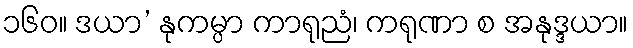
၁၆၀။ ဒယာ’ နုကမ္ပာ ကာရုညံ၊ ကရုဏာ စ အနုဒ္ဒယာ။